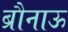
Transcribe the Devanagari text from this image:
ब्रौनाऊ